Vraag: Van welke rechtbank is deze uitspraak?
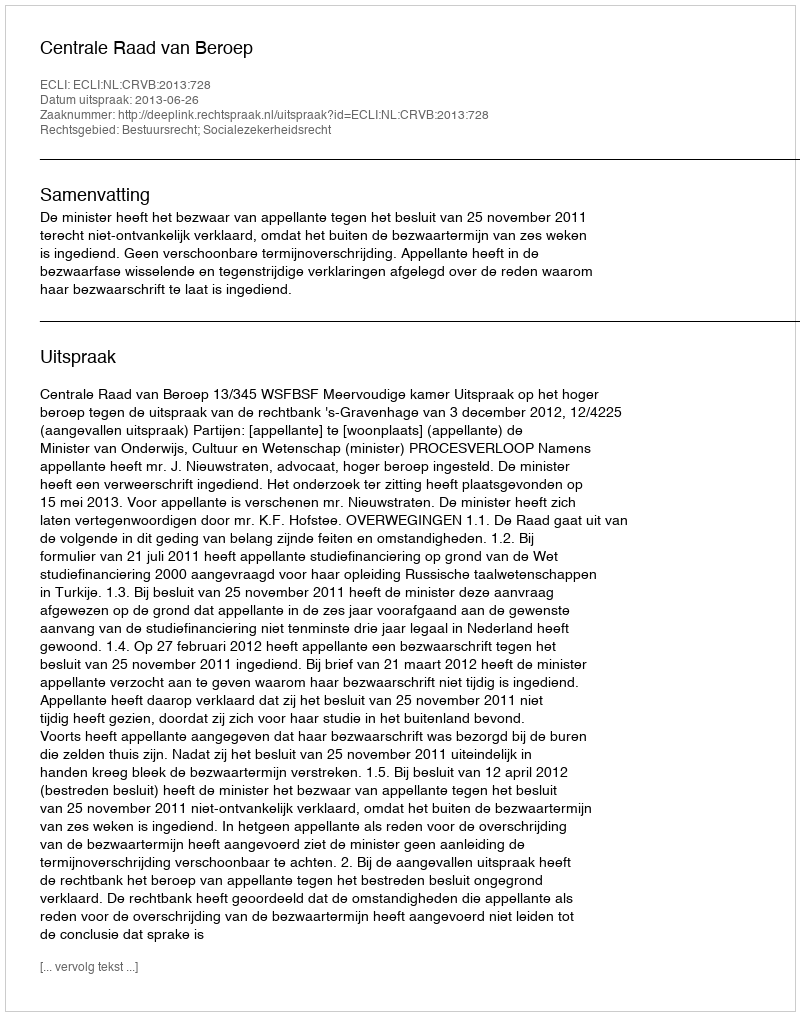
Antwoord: Centrale Raad van Beroep